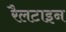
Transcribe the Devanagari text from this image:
रैलटाइन